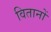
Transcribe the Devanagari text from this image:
वितानों